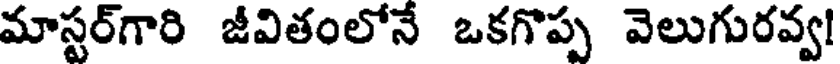
మాస్టర్గారి జీవితంలోనే ఒకగొప్ప వెలుగురవ్వ!